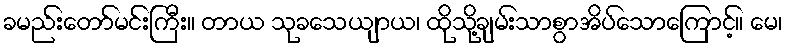
ခမည်းတော်မင်းကြီး။ တာယ သုခသေယျာယ၊ ထိုသို့ချမ်းသာစွာအိပ်သောကြောင့်။ မေ၊